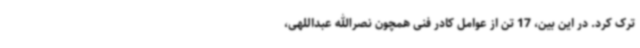
ترک کرد. در این بین، 17 تن از عوامل کادر فنی همچون نصرالله عبداللهی،